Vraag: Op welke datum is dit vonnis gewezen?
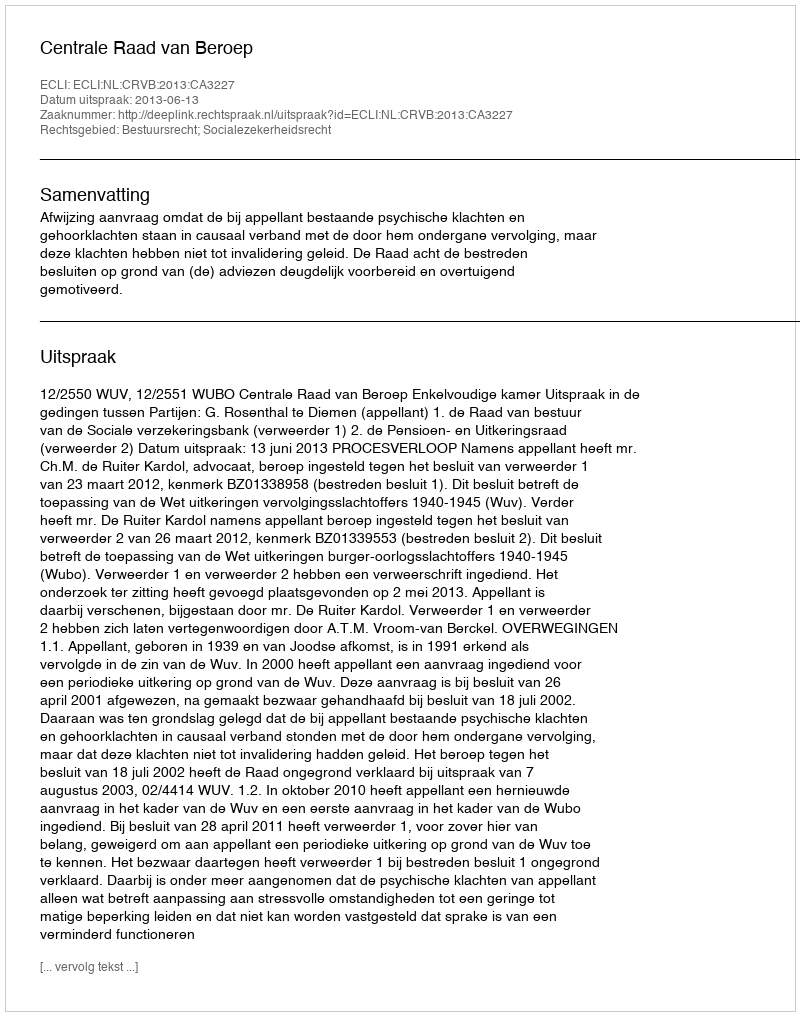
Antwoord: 2013-06-13